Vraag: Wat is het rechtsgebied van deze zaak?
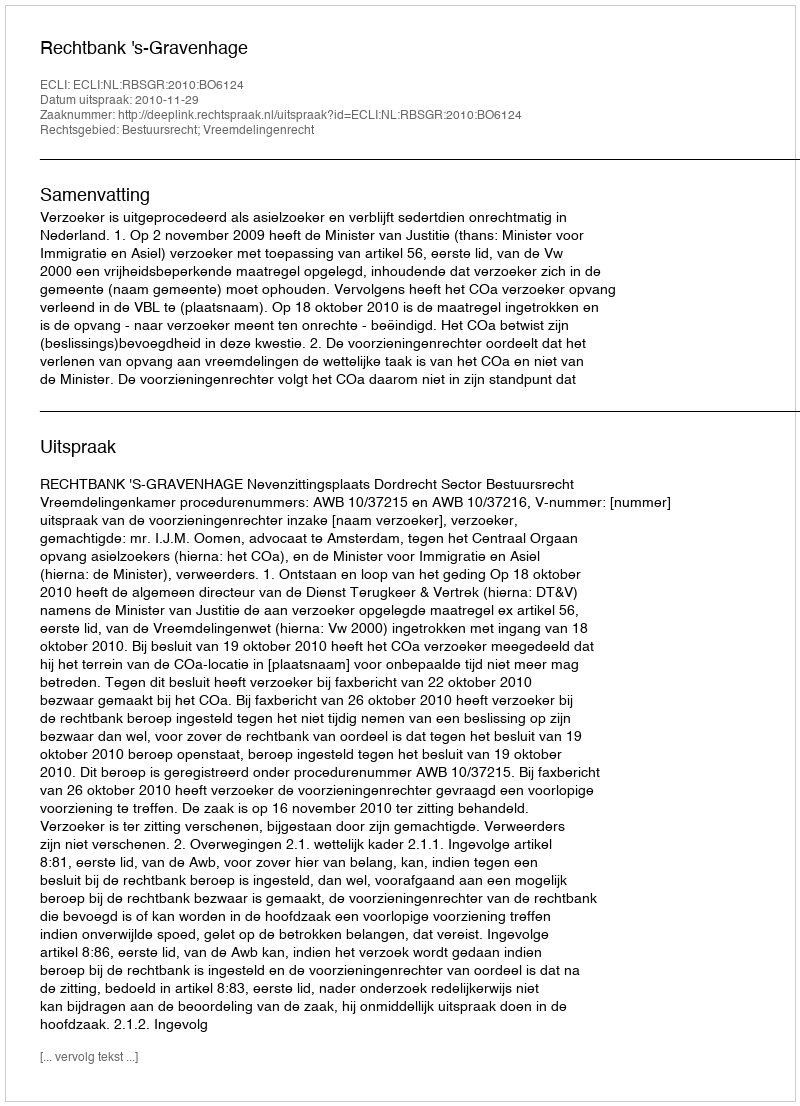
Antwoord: Bestuursrecht; Vreemdelingenrecht